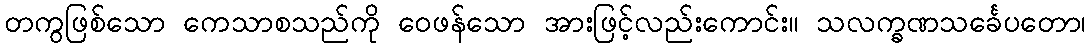
တကွဖြစ်သော ကေသာစသည်ကို ဝေဖန်သော အားဖြင့်လည်းကောင်း။ သလက္ခဏသင်္ခေပတော၊